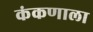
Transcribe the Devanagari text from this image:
कंकणाला